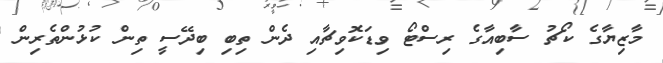
މާޒިޔާގެ ކޯޗު ސާބިއާގެ ރިސްޓޯ ވިޑަކޮވިޗާއި ދެން ތިބި ބިދޭސީ ތިން ކުޅުންތެރިން